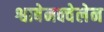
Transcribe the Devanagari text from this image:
श्वाबेनक्वेलेन